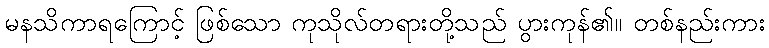
မနသိကာရကြောင့် ဖြစ်သော ကုသိုလ်တရားတို့သည် ပွားကုန်၏။ တစ်နည်းကား